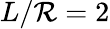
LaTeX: L/\mathcal{R}=2